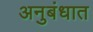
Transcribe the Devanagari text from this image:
अनुबंधात